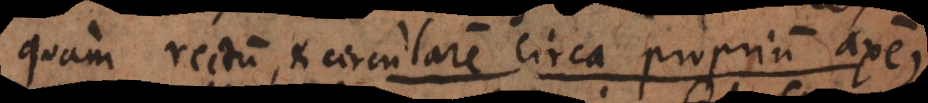
quam rectum, et circularem circa proprium axem,